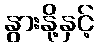
နွားနို့နှင့်